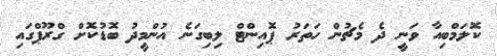
ކޮލަމްބިއާ ވަނީ ދެ މެޗުން ހަތަރު ޕޮއިންޓް ލިބިގަނެ އުންމީދު ބޮޑުކޮށް ގްރޫޕްގައި